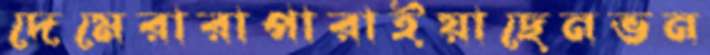
দেমেরারাপারাইয়াছেনভন